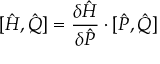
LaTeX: [ { \hat { H } } , { \hat { Q } } ] = { \frac { \delta { \hat { H } } } { \delta { \hat { P } } } } \cdot [ { \hat { P } } , { \hat { Q } } ]